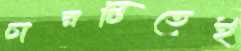
চারটিতেই